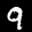
Label: 9